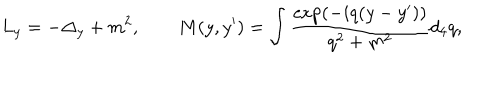
L _ { y } = - \Delta _ { y } + m ^ { 2 } , \qquad M ( y , y ^ { \prime } ) = \int \frac { \exp ( - i q ( y - y ^ { \prime } ) ) } { q ^ { 2 } + m ^ { 2 } } d _ { 4 } q ,